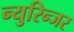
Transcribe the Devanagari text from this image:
न्युरिन्जर